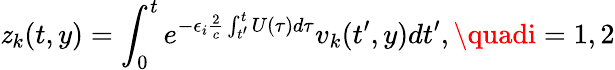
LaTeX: \mathit{z}_{k}(t,y)=\int_{0}^{t}e^{-\epsilon_{i}\frac{{2}}{{c}}\int_{t^{\prime}}^{t}U(\tau)d\tau}v_{k}(t^{\prime},y)dt^{\prime},\quadi=1,2